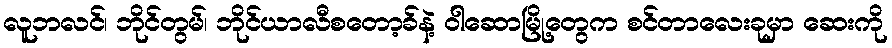
လူဘလင်၊ ဘိုင်တွမ်၊ ဘိုင်ယာလီစတော့ခ်နဲ့ ဝါဆောမြို့တွေက စင်တာလေးခုမှာ ဆေးကို